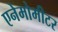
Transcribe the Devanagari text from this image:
एनेमोमीटर